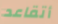
أتقاعد